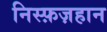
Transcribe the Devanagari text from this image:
निस्फ़ज़हान